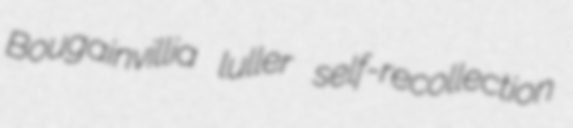
Bougainvillia luller self-recollection